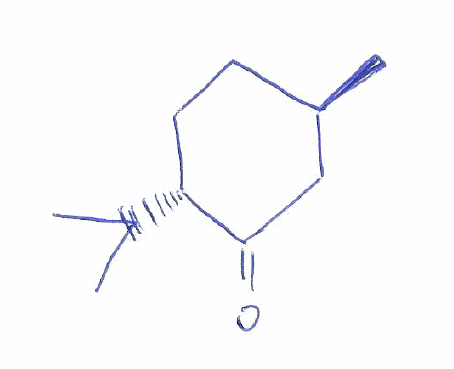
Simplified molecular-input line-entry system (SMILES) notation of the given molecule:
C[C@@H]1CC[C@H](C(=O)C1)C(C)C